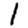
Digit: 1